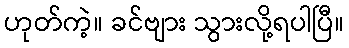
ဟုတ်ကဲ့။ ခင်ဗျား သွားလို့ရပါပြီ။